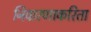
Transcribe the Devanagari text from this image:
निवारणाकरिता